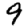
Digit: 9